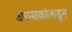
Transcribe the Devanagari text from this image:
उपासकांकडून